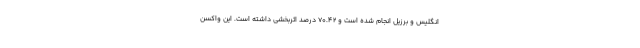
انگلیس و برزیل انجام شده است و ۷۰.۴۲ درصد اثربخشی داشته است. این واکسن